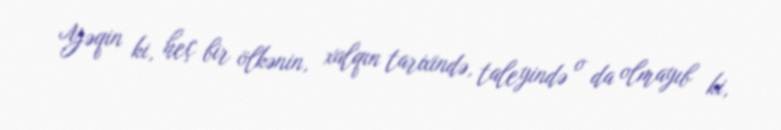
Yəqin ki, heç bir ölkənin, xalqın tarixində, taleyində o da olmayıb ki,